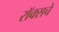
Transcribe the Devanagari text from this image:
रॉक्सचे